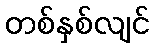
တစ်နှစ်လျင်